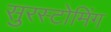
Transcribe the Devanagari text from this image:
सुरस्टोमिंग